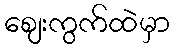
ဈေးကွက်ထဲမှာ